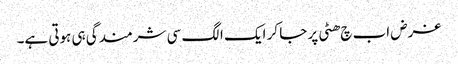
غرض اب چ ھٹی پر جا کر ایک الگ سی شرمندگی ہی ہوتی ہے۔